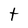
Character: t